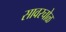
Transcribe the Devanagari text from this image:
सावरचोळ